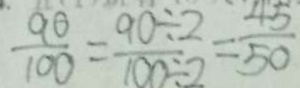
\frac { 9 0 } { 1 0 0 } = \frac { 9 0 \div 2 } { 1 0 0 \div 2 } = \frac { 4 5 } { 5 0 }